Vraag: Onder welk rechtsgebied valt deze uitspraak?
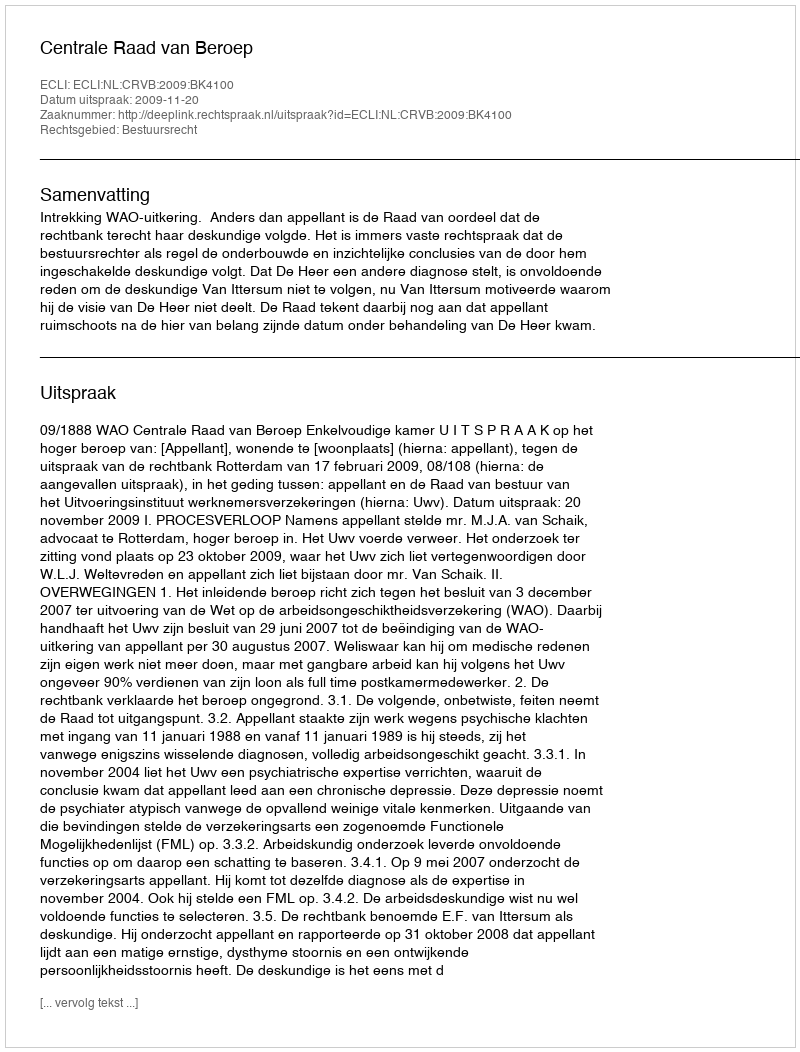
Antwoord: Bestuursrecht